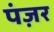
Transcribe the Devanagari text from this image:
पंज़र